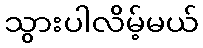
သွားပါလိမ့်မယ်